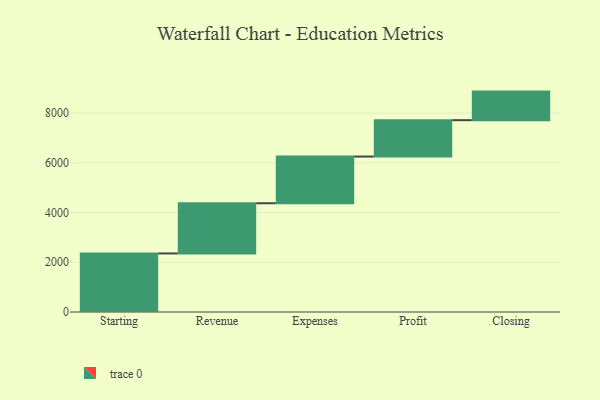
{"axis": {"x": "Step", "y": "Value"}, "legend": [""], "data": [{"x": "Starting", "y": 2356.0, "type": ""}, {"x": "Revenue", "y": 2019.0, "type": ""}, {"x": "Expenses", "y": 1879.0, "type": ""}, {"x": "Profit", "y": 1463.0, "type": ""}, {"x": "Closing", "y": 1150.0, "type": ""}]}